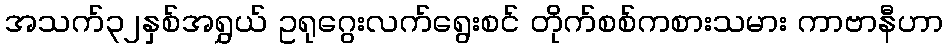
အသက်၃၂နှစ်အရွှယ် ဥရုဂွေးလက်ရွေးစင် တိုက်စစ်ကစားသမား ကာဗာနီဟာ